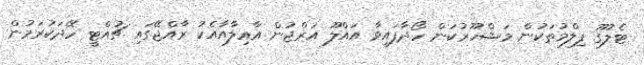
ޓެލުގޫ ފިލްމުތަކުން މަޝްހޫރުކަން ހޯދާފައިވާ އައްލޫ އަރްޖުން އާއިލާއާއެކު ރާއްޖޭގައި ޗުއްޓީ ހޭދަކުރަމުން